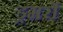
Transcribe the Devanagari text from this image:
ड्रमरों